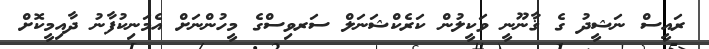
ރައީސް ނަޝީދު ގެ ޤާނޫނީ ވަކީލުން ކަރެކްޝަނަލް ސަރވިސްގެ މީހުންނަށް އެމަނިކުފާނު ދާއިމީކޮށް